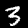
Label: 3